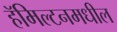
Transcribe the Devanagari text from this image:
हॅमिल्टनमधील